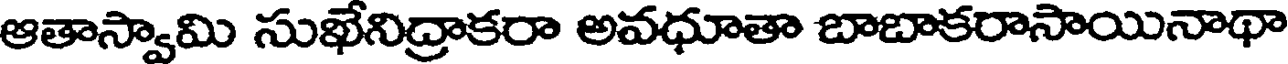
ఆతాస్వామి సుఖేనిద్రాకరా అవధూతా బాబాకరాసాయినాథా